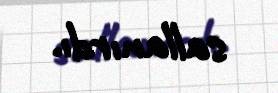
sallanırdı.